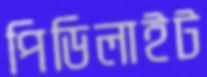
পিডিলাইট